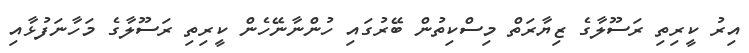
އިރު ކީރިތި ރަސޫލާގެ ޒިޔާރަތް މިސްކިތުން ބޭރުގައި ހުންނާނޭހެން ކީރިތި ރަސޫލާގެ މަހާނަފުޅާއި